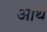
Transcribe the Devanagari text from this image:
आथे